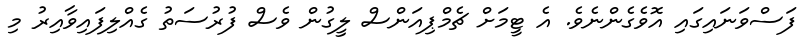
ފަސްވަނައިގައި އޮވެގެންނެވެ. އެ ޓީމަށް ޗެމްޕިއަންސް ލީގުން ވެސް ފުރުސަތު ގެއްލިފައިވާއިރު މި